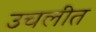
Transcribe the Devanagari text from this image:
उचलीत